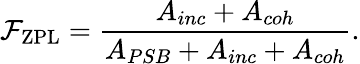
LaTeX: \mathcal{F}_{\mathrm{ZPL}}=\frac{A_{inc}+A_{coh}}{A_{PSB}+A_{inc}+A_{coh}}.